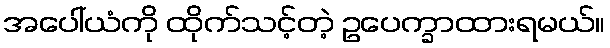
အပေါ်ယံကို ထိုက်သင့်တဲ့ ဥပေက္ခာထားရမယ်။